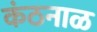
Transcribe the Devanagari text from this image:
कंठनाळ